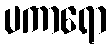
ပကာရော